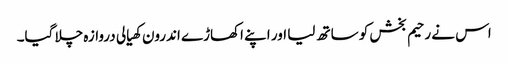
اس نے رحیم بخش کو ساتھ لیا اور اپنے اکھاڑے اندرون کھیالی دروازہ چلا گیا۔